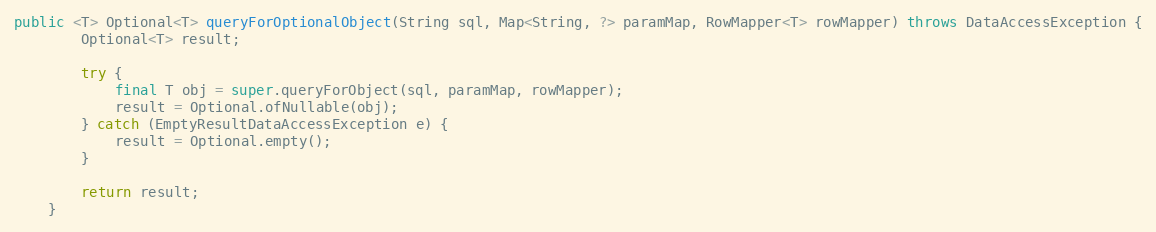
Language: Java
public <T> Optional<T> queryForOptionalObject(String sql, Map<String, ?> paramMap, RowMapper<T> rowMapper) throws DataAccessException {
        Optional<T> result;

        try {
            final T obj = super.queryForObject(sql, paramMap, rowMapper);
            result = Optional.ofNullable(obj);
        } catch (EmptyResultDataAccessException e) {
            result = Optional.empty();
        }

        return result;
    }